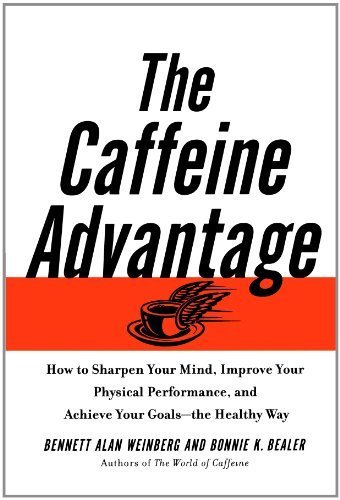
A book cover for Caffeine Advantage How to Sharpen Your Mind, Improve Your Physical Performance and Schieve Your Goals by Weinberg, Bennett Alan, Bealer, Bonnie [Free Press,2010] [Paperback] Reprint; Health, Fitness & Dieting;